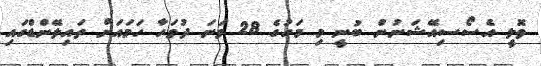
ވޮލީ އެސޯސިއޭޝަނުން ބުނީ މި މަހުގެ 28 ވަނަ ދުވަހާ ހަމައަށް ތައިލޭންޑްގައި